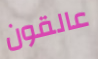
عالقون